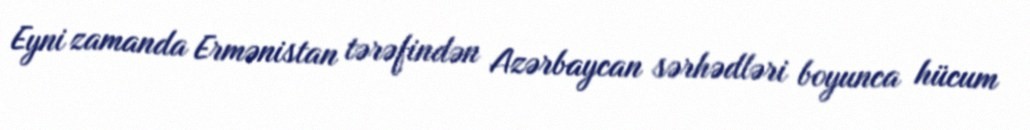
Eyni zamanda Ermənistan tərəfindən Azərbaycan sərhədləri boyunca hücum